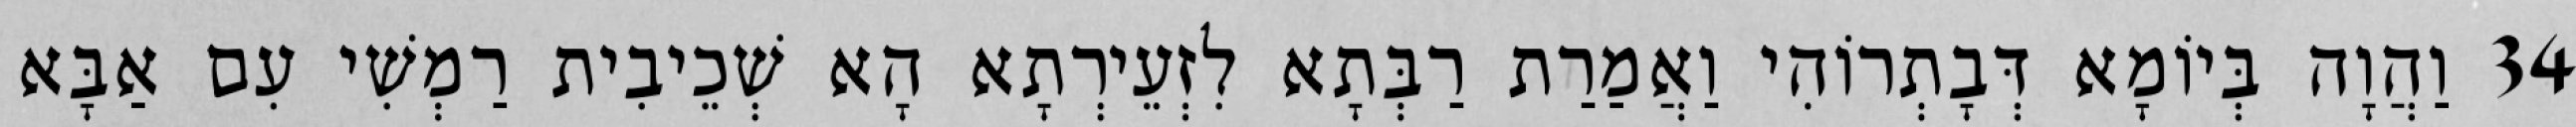
34 וַהֲוָה בְּיוֹמָא דְּבָתְרוֹהִי וַאֲמַרַת רַבְּתָא לִזְעֵירְתָא הָא שְׁכֵיבִית רַמְשִׁי עִם אַבָּא